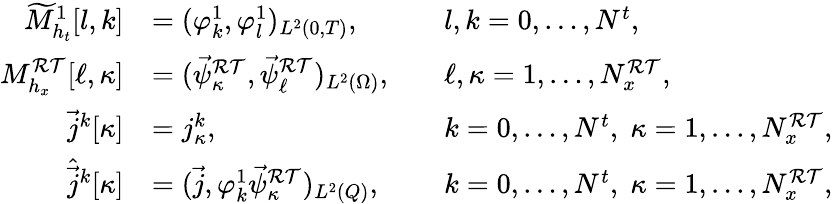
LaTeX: \begin{array}{rlrl}{\widetilde{M}_{h_{t}}^{1}[l,k]}&{=(\varphi_{k}^{1},\varphi_{l}^{1})_{L^{2}(0,T)},}&&{l,k=0,\dots,N^{t},}\\ {M_{h_{x}}^{\mathcal{RT}}[\ell,\kappa]}&{=(\vec{\psi}_{\kappa}^{\mathcal{RT}},\vec{\psi}_{\ell}^{\mathcal{RT}})_{L^{2}(\Omega)},}&&{\ell,\kappa=1,\dots,N_{x}^{\mathcal{RT}},}\\ {\vec{j}^{k}[\kappa]}&{=j_{\kappa}^{k},}&&{k=0,\dots,N^{t},\; \kappa=1,\dots,N_{x}^{\mathcal{RT}},}\\ {\hat{\vec{j}}^{k}[\kappa]}&{=(\vec{j},\varphi_{k}^{1}\vec{\psi}_{\kappa}^{\mathcal{RT}})_{L^{2}(Q)},}&&{k=0,\dots,N^{t},\; \kappa=1,\dots,N_{x}^{\mathcal{RT}},}\end{array}